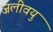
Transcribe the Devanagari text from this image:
जलीवयु